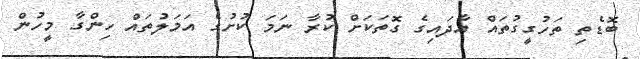
ބޮޑެތި ތަހުގީގުތައް އާދައިގެ ގޮތަކަށް ކުރާ ނަމަ ކުށުގެ އަމަލުތައް ހިންގާ މީހުން